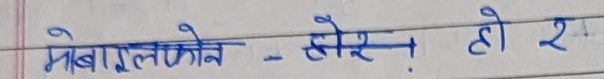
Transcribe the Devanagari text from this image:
मोबाइलफोन - चोर! हो २